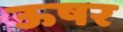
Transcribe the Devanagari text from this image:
ऊषर